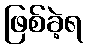
ဖြစ်ခဲ့ရ